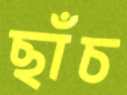
ছাঁচ